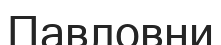
Павловни